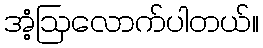
အံ့ဩလောက်ပါတယ်။